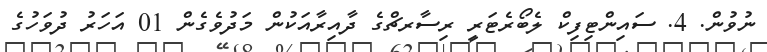
ނުވުން. 4. ސައިންޓިފިކް ލެބޯރެޓަރީ ރިސާރޗްގެ ދާއިރާއަކުން މަދުވެގެން 01 އަހަރު ދުވަހުގެ